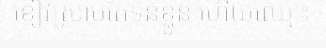
ខៀវស្រាប់តែទន់ខ្លួន ហើយឈ្មោះ